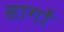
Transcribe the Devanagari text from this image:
सागों